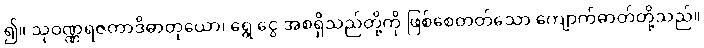
၍။ သုဝဏ္ဏရဇတာဒိဓာတုယော၊ ရွှေ ငွေ အစရှိသည်တို့ကို ဖြစ်စေတတ်သော ကျောက်ဓာတ်တို့သည်။